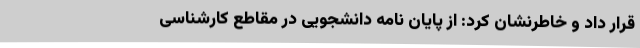
قرار داد و خاطرنشان کرد: از پایان نامه دانشجویی در مقاطع کارشناسی